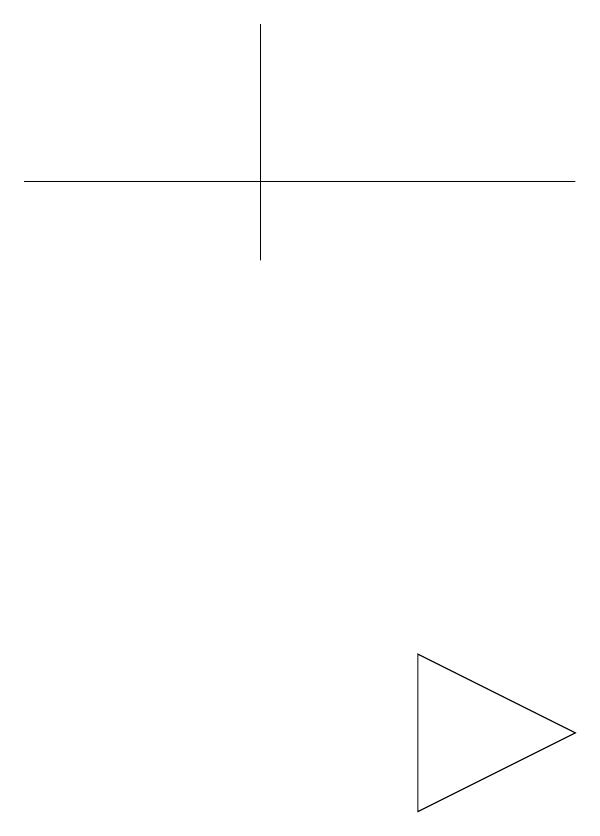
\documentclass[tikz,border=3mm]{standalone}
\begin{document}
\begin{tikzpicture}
\draw (9,7) -- (7,6) -- (7,8) -- cycle;
\draw (5,16) rectangle (5,13);
\draw (2,14) rectangle (9,14);
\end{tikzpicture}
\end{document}